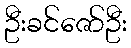
ဦးခင်ဇော်ဦး